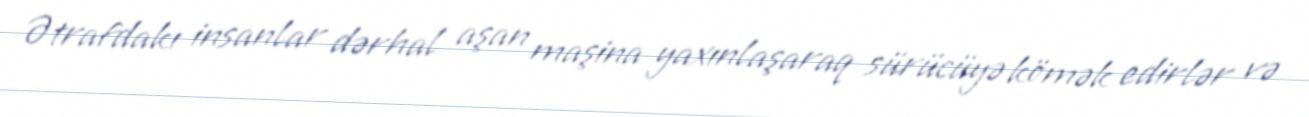
Ətrafdakı insanlar dərhal aşan maşina yaxınlaşaraq sürücüyə kömək edirlər və